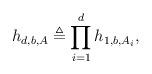
LaTeX: \begin{align*} h_{d,b,A} \triangleq \prod_{i=1}^d h_{1,b,A_i},\end{align*}